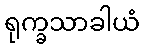
ရုက္ခသာခါယံ